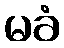
မခံ